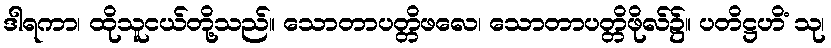
ဒါရကာ၊ ထိုသူငယ်တို့သည်။ သောတာပတ္တိဖလေ၊ သောတာပတ္တိဖိုလ်၌။ ပတိဋ္ဌဟိံ သု၊